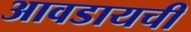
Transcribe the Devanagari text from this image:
आवडायची